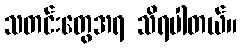
သတင်းတွေအရ သိရပါတယ်။